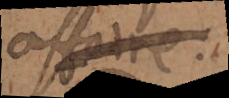
isse